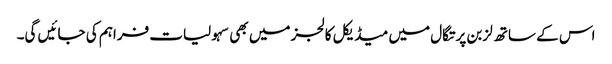
اس کے ساتھ لزبن پرتگال میں میڈیکل کالجز میں بھی سہولیات فراہم کی جائیں گی۔